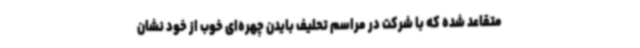
متقاعد شده که با شرکت در مراسم تحلیف بایدن چهره‌ای خوب از خود نشان